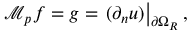
\mathcal { M } _ { p } f = g = \left. ( \partial _ { n } u ) \right| _ { \partial \Omega _ { R } } ,